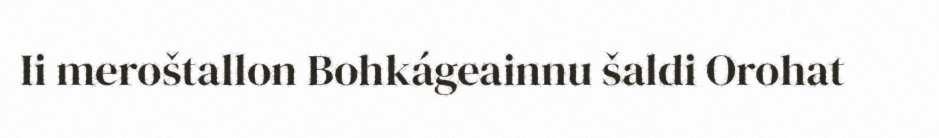
Ii meroštallon Bohkágeainnu šaldi Orohat